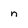
Character: n